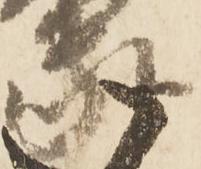
家